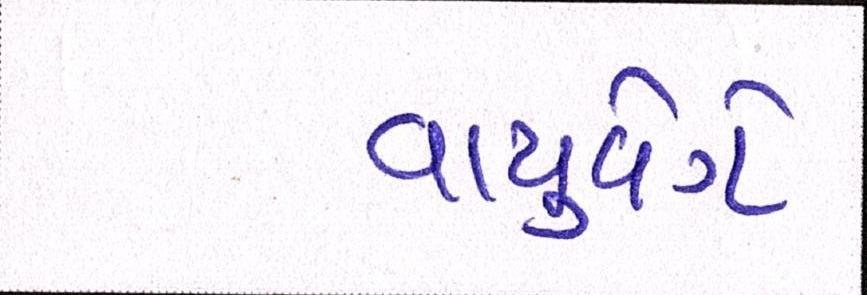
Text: વાયુવેગે